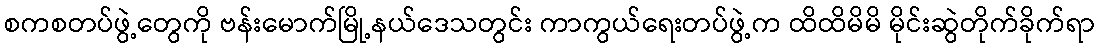
စကစတပ်ဖွဲ့တွေကို ဗန်းမောက်မြို့နယ်ဒေသတွင်း ကာကွယ်ရေးတပ်ဖွဲ့က ထိထိမိမိ မိုင်းဆွဲတိုက်ခိုက်ရာ